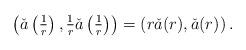
LaTeX: \begin{align*}\textstyle\left(\check{a}\left(\frac{1}{r}\right),\frac{1}{r}\check{a}\left(\frac{1}{r}\right)\right)=\left(r\check{a}(r),\check{a}(r)\right).\end{align*}